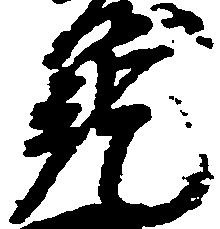
就